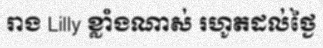
រាង Lilly ខ្លាំងណាស់ រហូតដល់ថ្ងៃ